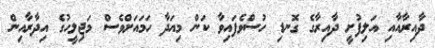
ދާއިރާއާއި އަލިފުށީ ދާއިރާގެ ގޮނޑި ހުސްވެފައިވާ ކަން މިއަދާ ހަމައަށްވެސް މަޖިލީހުގެ އިދާރާއިން